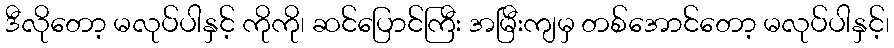
ဒီလိုတော့ မလုပ်ပါနှင့် ကိုကို၊ ဆင်ပြောင်ကြီး အမြီးကျမှ တစ်အောင်တော့ မလုပ်ပါနှင့်၊